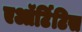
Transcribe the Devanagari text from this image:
एऑर्टिटिस